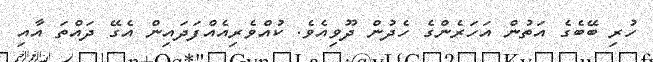
ހުރި ބޭބެގެ އަތުން އަހަރެންގެ ހެދުން ދޫވިއެވެ. ކުއްވެރިއެއްފަދައިން އެގޭ ދައްތަ އާއި